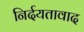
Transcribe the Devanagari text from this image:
निर्दयतावाद